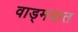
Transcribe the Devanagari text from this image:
वाड्मयात